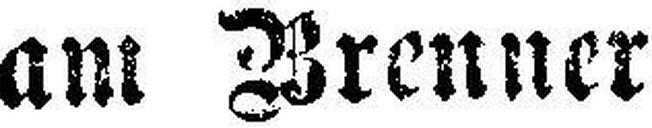
am Wrenner